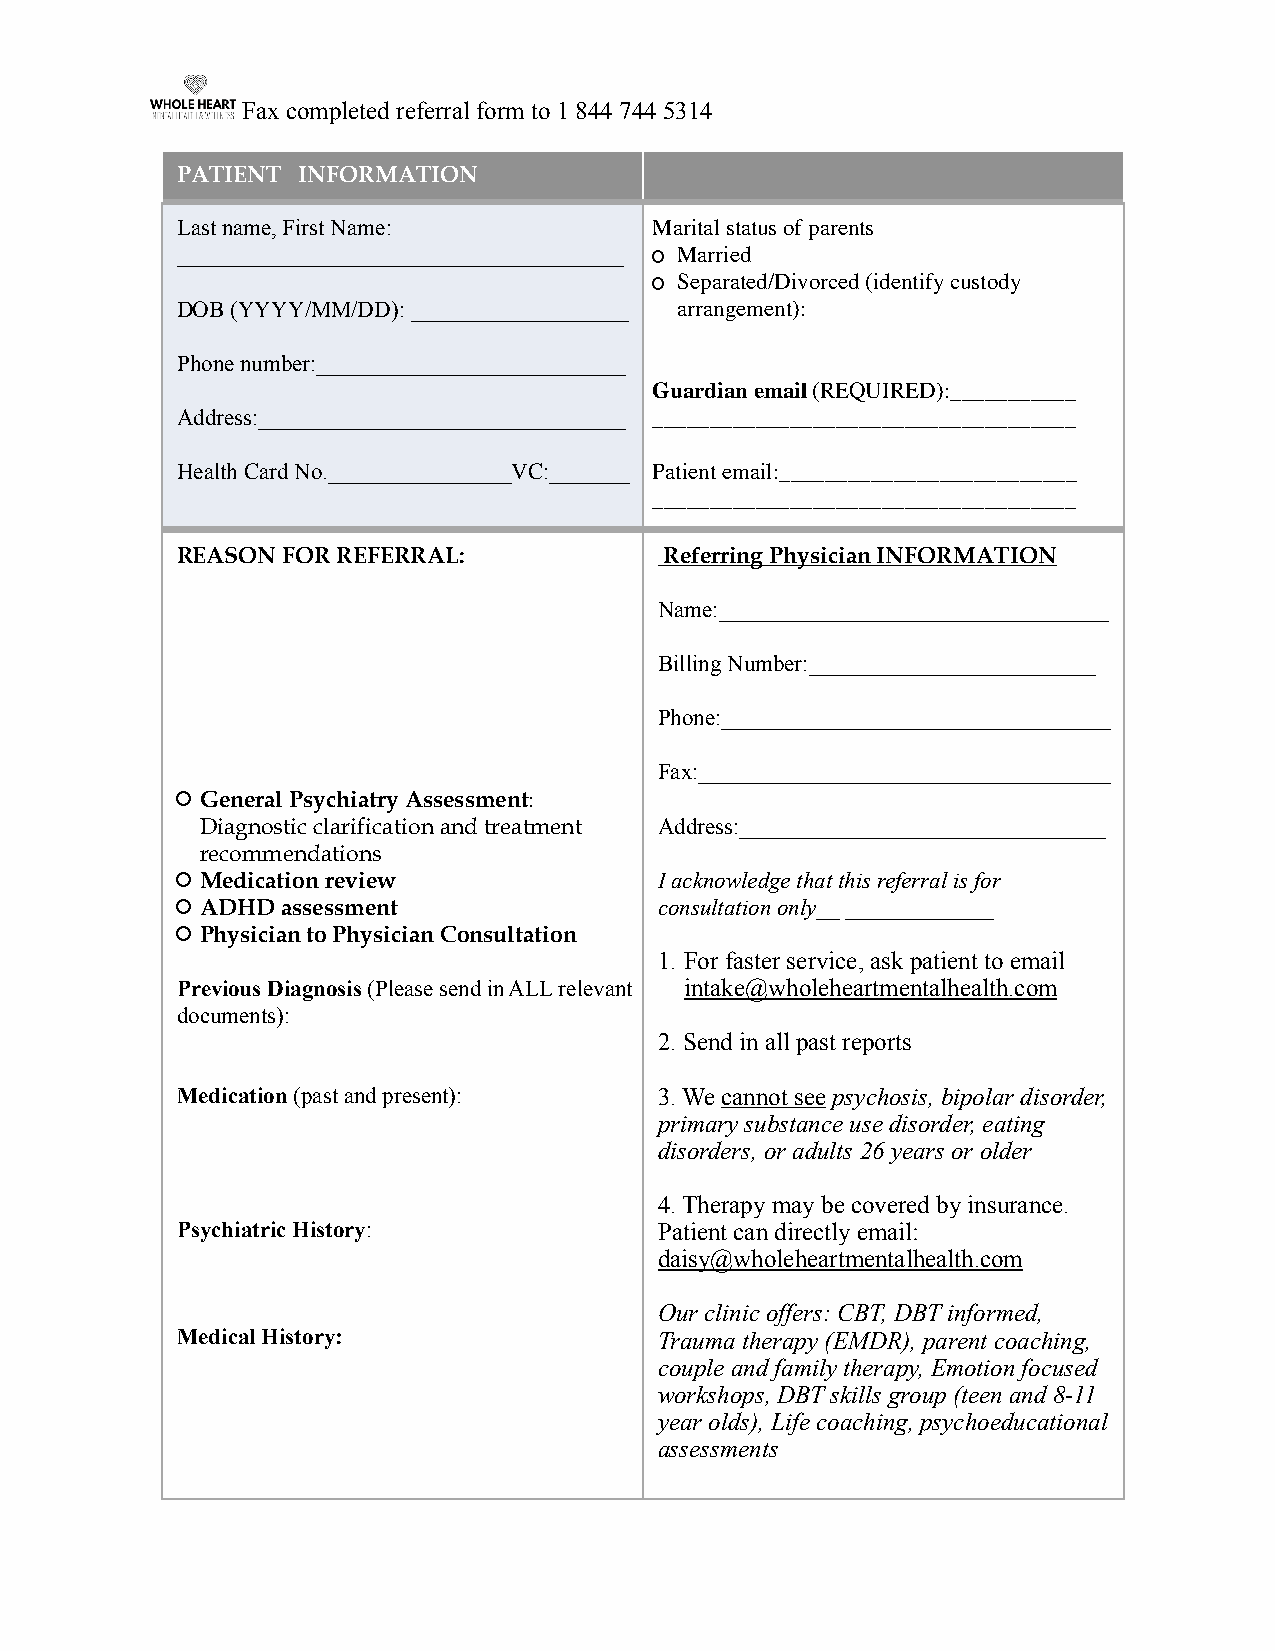
Fax completed referral form to 1 844 744 5314
 PATIENT INFORMATION
 Last name, First Name:         Marital status of parents
 _______________________________________ Married
 Separated/Divorced (identify custody
 DOB (YYYY/MM/DD): ___________________ arrangement):
 Phone number:___________________________
 Guardian email (REQUIRED):___________
 Address:________________________________ _____________________________________
 Health Card No.________________VC:_______ Patient email:__________________________
 _____________________________________
 REASON FOR REFERRAL:            Referring Physician INFORMATION
 Name:__________________________________
 Billing Number:_________________________
 Phone:__________________________________
 Fax:____________________________________
 General Psychiatry Assessment:
 Diagnostic clarification and treatment Address:________________________________
 recommendations
 Medication review              I acknowledge that this referral is for
 ADHD  assessment               consultation only__ _____________
 Physician to Physician Consultation
 1. For faster service, ask patient to email
 Previous Diagnosis (Please send in ALL relevant intake@wholeheartmentalhealth.com
 documents):
 2. Send in all past reports
 Medication (past and present):  3. We cannot see psychosis, bipolar disorder,
 primary substance use disorder, eating
 disorders, or adults 26 years or older
 4. Therapy may be covered by insurance.
 Psychiatric History:            Patient can directly email:
 daisy@wholeheartmentalhealth.com
 Our clinic offers: CBT, DBT informed,
 Medical History:                Trauma therapy (EMDR), parent coaching,
 couple and family therapy, Emotion focused
 workshops, DBT skills group (teen and 8-11
 year olds), Life coaching, psychoeducational
 assessments